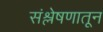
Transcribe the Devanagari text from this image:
संश्लेषणातून